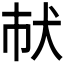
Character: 𤜲